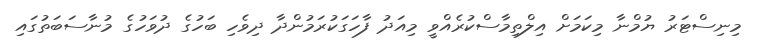
މިނިސްޓަރު ޔުމްނާ މިކަމަށް އިލްތިމާސްކުރެއްވީ މިއަދު ފާހަގަކުރަމުންދާ ދިވެހި ބަހުގެ ދުވަހުގެ މުނާސަބަތުގައި